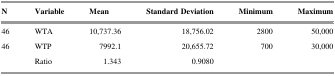
<table><thead><tr><td><b>N</b></td><td><b>Variable</b></td><td><b>Mean</b></td><td><b>Standard Deviation</b></td><td><b>Minimum</b></td><td><b>Maximum</b></td></tr></thead><tbody><tr><td>46</td><td>WTA</td><td>10,737.36</td><td>18,756.02</td><td>2800</td><td>50,000</td></tr><tr><td>46</td><td>WTP</td><td>7992.1</td><td>20,655.72</td><td>700</td><td>30,000</td></tr><tr><td></td><td>Ratio</td><td>1.343</td><td>0.9080</td><td></td><td></td></tr></tbody></table>